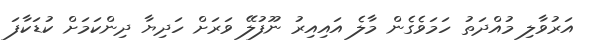
އަރުވާލި މުއްދަތު ހަމަވެގެން މާލެ އައިއިރު ނޫފުލޭ ވަރަށް ހަދިޔާ ދިންކަމަށް ކުޑަކާފަ